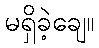
မရှိခဲ့ချေ။